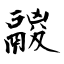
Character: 鬷